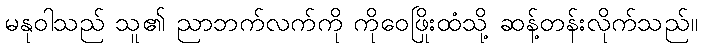
မနုဝါသည် သူ၏ ညာဘက်လက်ကို ကိုဝေဖြိုးထံသို့ ဆန့်တန်းလိုက်သည်။